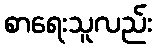
စာရေးသူလည်း